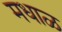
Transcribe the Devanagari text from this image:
मधाळ